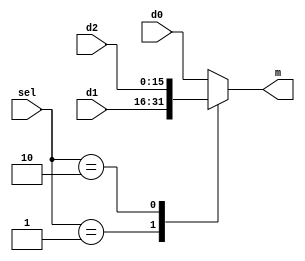
module MUX3_1 (d0, d1, d2, sel, m );
input [15:0] d0, d1, d2;
input  [1:0] sel;
output reg [15:0] m;

always@(*)
case ( sel )
	0: m = d0;
	1: m = d1;
	2: m = d2;
	default: m = d0;
endcase
endmodule